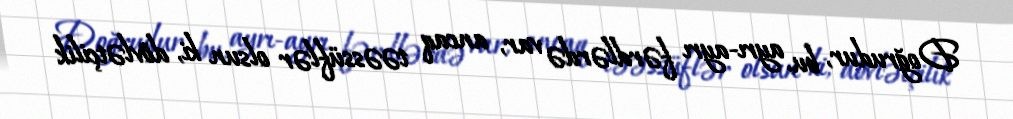
Doğrudur, bu, ayrı-ayrı fərdlərdə var, ancaq təəssüflər olsun ki, dövlətçilik